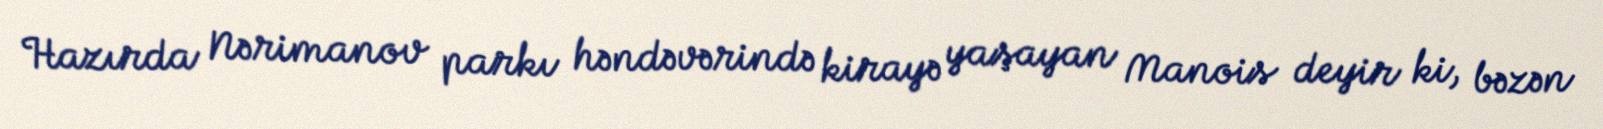
Hazırda Nərimanov parkı həndəvərində kirayə yaşayan Manois deyir ki, bəzən